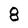
Character: 8